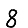
Digit: 8